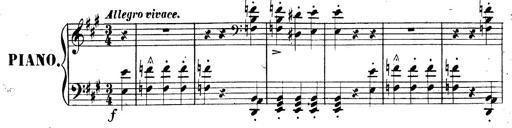
Title: 3 Caprices-Valses
Composer: Franz Liszt